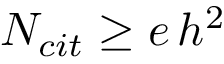
N _ { c i t } \ge e \, h ^ { 2 }